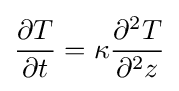
{\frac {\partial T}{\partial t}}=\kappa {\frac {\partial ^{2}T}{\partial ^{2}z}}